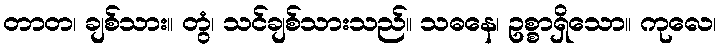
တာတ၊ ချစ်သား။ တွံ၊ သင်ချစ်သားသည်။ သဓနေ၊ ဥစ္စာရှိသော။ ကုလေ၊